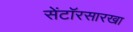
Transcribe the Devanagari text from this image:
सेंटॉरसारखा